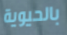
بالحيوية